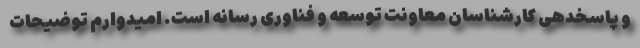
و پاسخدهی کارشناسان معاونت توسعه و فناوری رسانه است. امیدوارم توضیحات